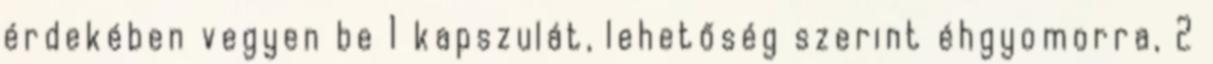
érdekében vegyen be 1 kapszulát, lehetőség szerint éhgyomorra, 2